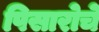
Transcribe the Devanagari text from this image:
पिसारोचे